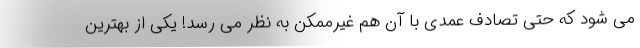
می شود که حتی تصادف عمدی با آن هم غیرممکن به نظر می رسد! یکی از بهترین